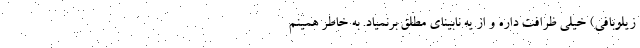
زیلوبافی) خیلی ظرافت داره و از یه نابینای مطلق برنمیاد. به خاطر همینم